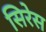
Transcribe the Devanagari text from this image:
सिरेस